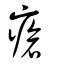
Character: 瘡